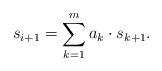
LaTeX: \begin{align*}s_{i+1}=\sum_{k=1}^ma_k\cdot s_{k+1}.\end{align*}